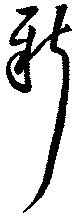
新